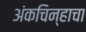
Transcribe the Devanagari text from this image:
अंकचिन्हाचा